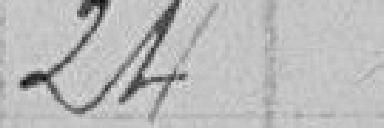
24